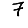
Digit: 7